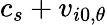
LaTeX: c_{s}+v_{i0,\theta}